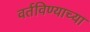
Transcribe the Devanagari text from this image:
वर्तविण्याच्या